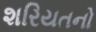
શરિયતનો